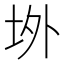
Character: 𭎉